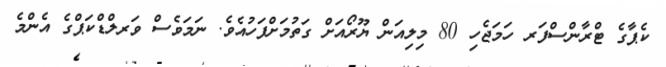
ކެޕާގެ ޓްރާންސްފަރ ހަމަޖެހި 80 މިލިއަން ޔޫރޯއަށް ގަތުމަށްފަހުއެވެ. ނަމަވެސް ވަރލްޑްކަޕްގެ އެންމެ